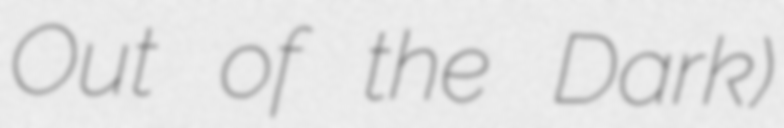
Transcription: Out of the Dark)